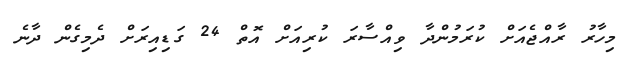
މިހާރު ރާއްޖެއަށް ކުރަމުންދާ ވިއްސާރަ ކުރިއަށް އޮތް 24 ގަޑިއިރަށް ދެމިގެން ދާނެ